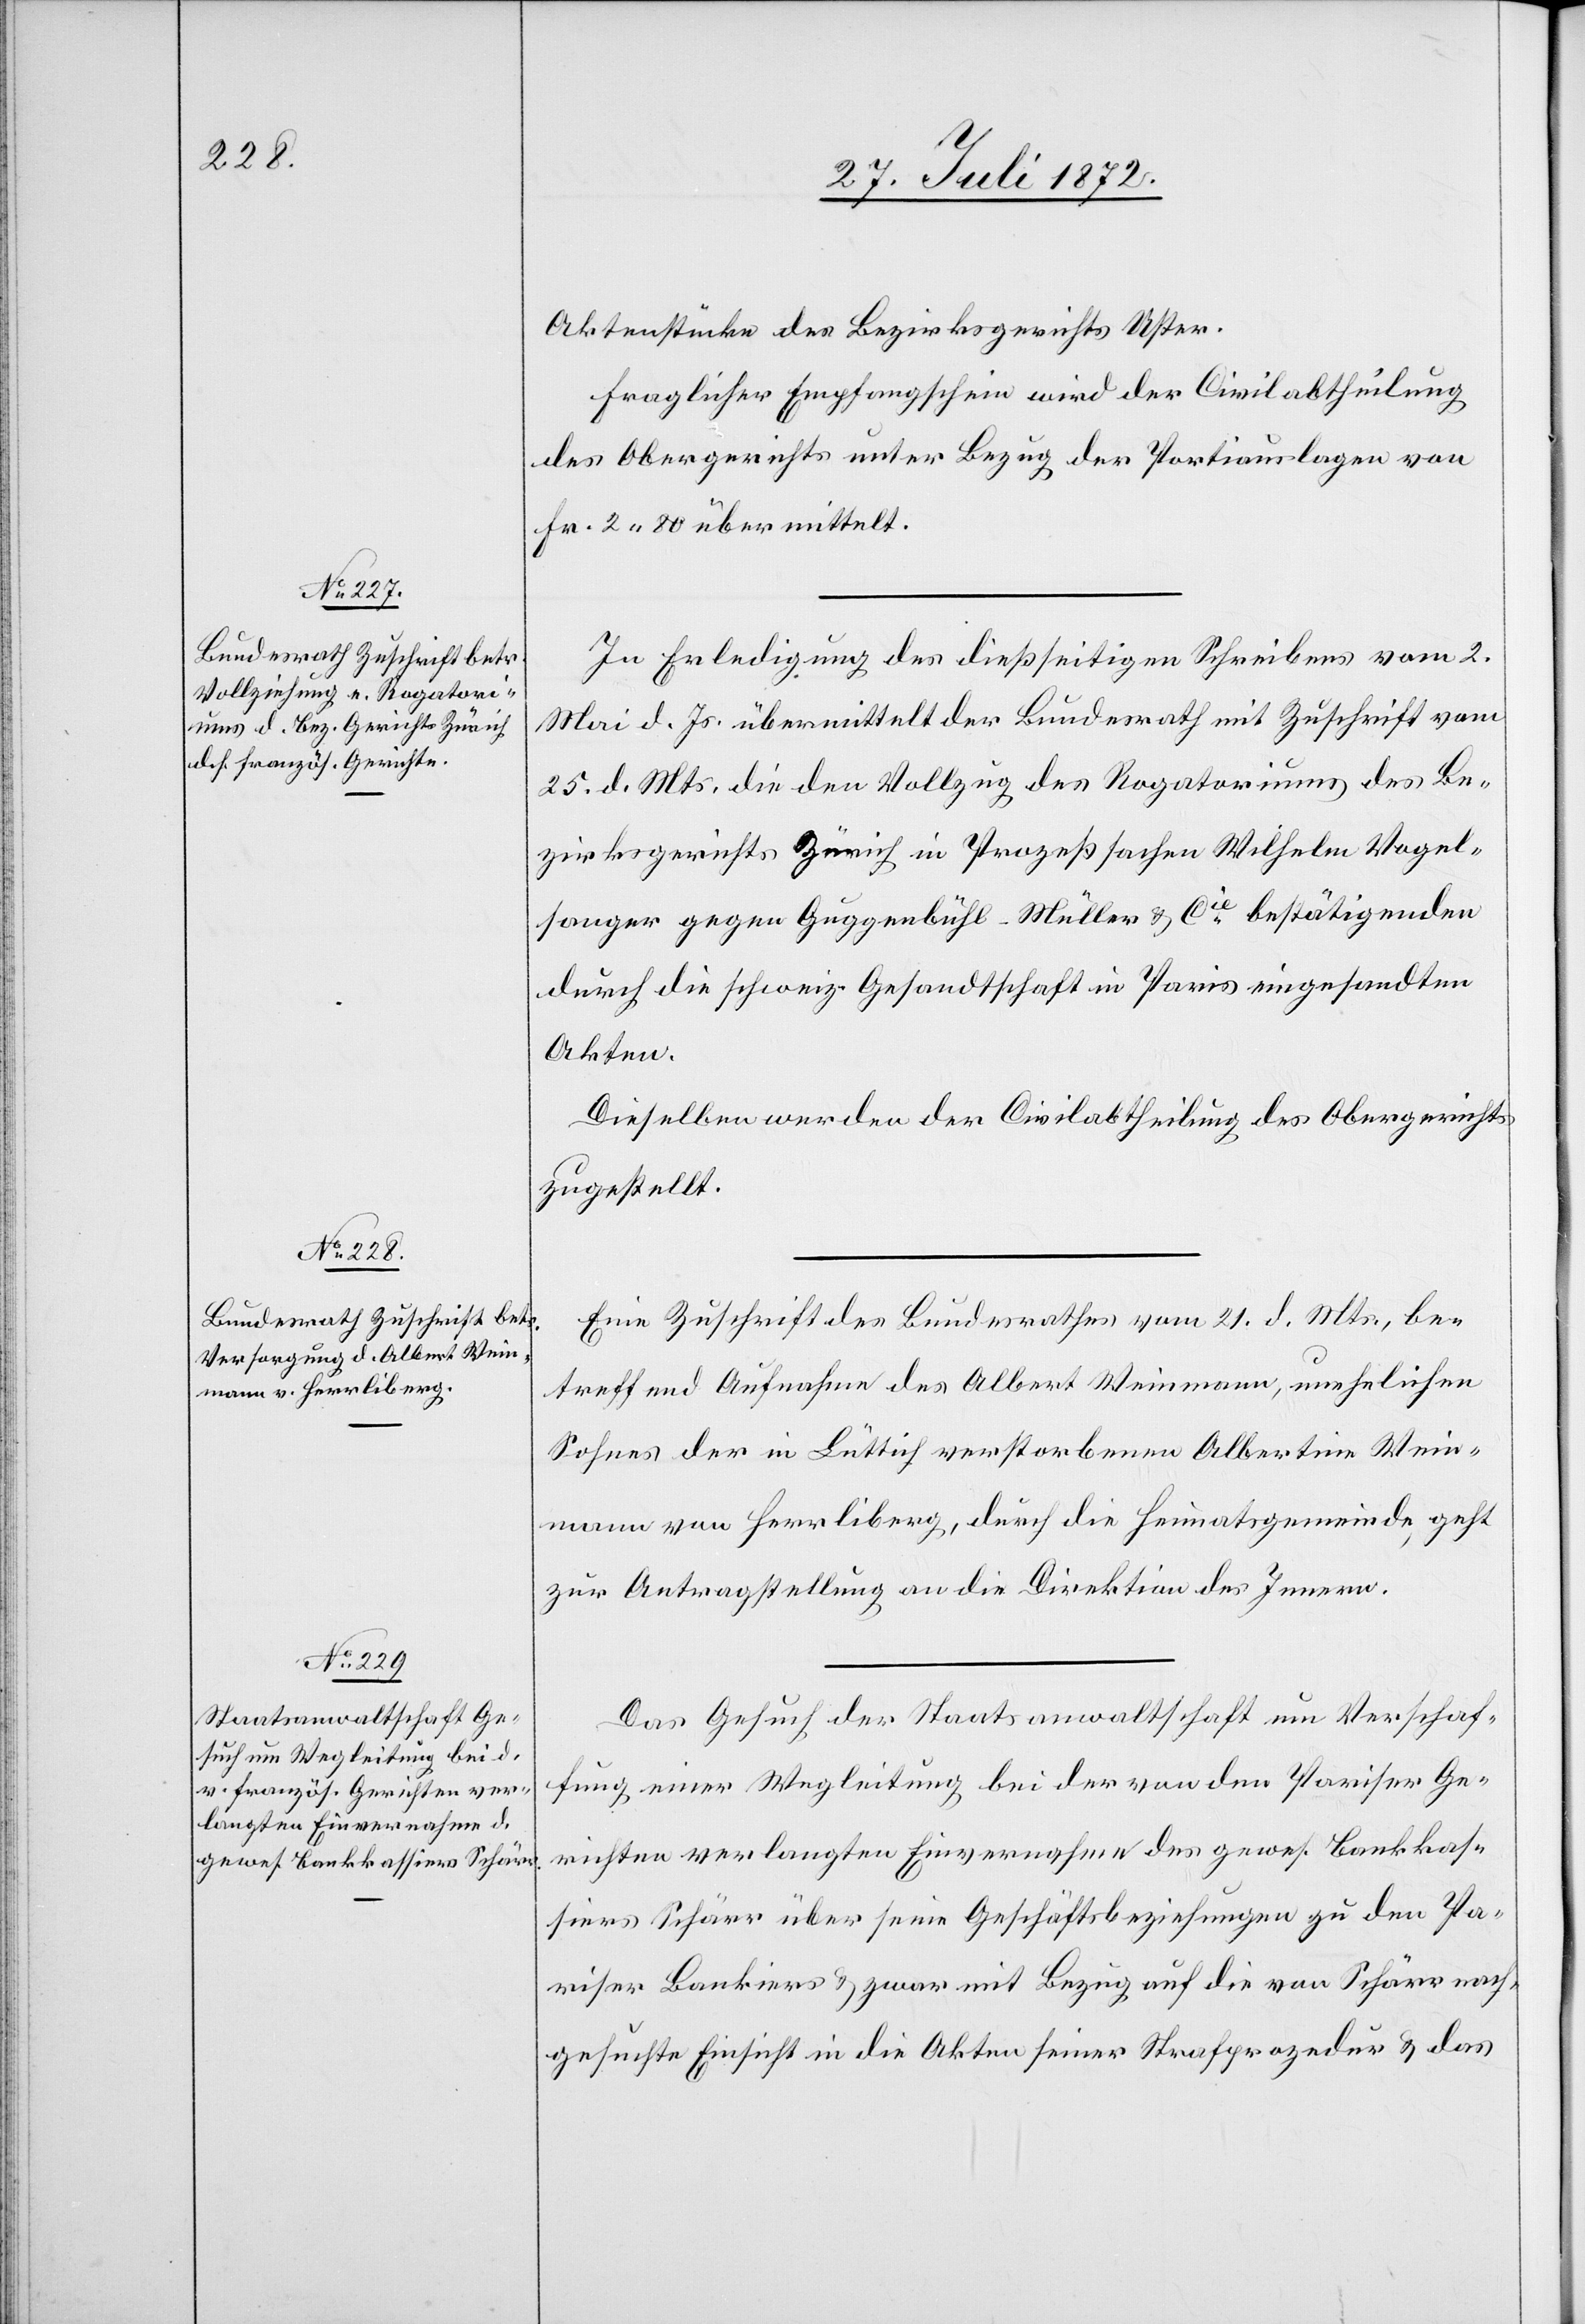
27. Juli 1872.]
Aktenstücke des Bezirksgerichts Uster.
Fraglicher Empfangschein wird der Civilabtheilung
des Obergerichtes unter Bezug der Portiauslagen von
Fr. 2 80 übermittelt.
In Erledigung des dießseitigen Schreibens vom 2.
Mai d. Js. übermittelt der Bundesrath mit Zuschrift vom
25. d. Mts. die den Vollzug des Rogatoriums des Be¬
zirksgerichtes Zürich in Prozeßsachen Wilhelm Vogel¬
sanger gegen Guggenbühl-Müller u. Cie bestätigenden
durch die schweiz. Gesandtschaft in Paris eingesandten
Akten.
Dieselben werden der Civilabtheilung des Obergerichts
zugestellt.
Eine Zuschrift des Bundesrathes vom 21. d. Mts., be¬
treffend Aufnahme des Albert Weinmann, unehelichen
Sohnes der in Lüttich verstorbenen Albertine Wein¬
mann von Herrliberg, durch die Heimatsgemeinde, geht
zur Antragstellung an die Direktion des Innern.
Das Gesuch der Staatsanwaltschaft um Verschaf¬
fung einer Wegleitung bei der von den Pariser Ge¬
richten verlangten Einvernahme des gewes. Bankkas¬
siers Schärr über seine Geschäftsbeziehungen zu den Pa¬
riser Bankiers u. zwar mit Bezug auf die von Schärr nach¬
gesuchte Einsicht in die Akten seiner Strafprozedur u. das